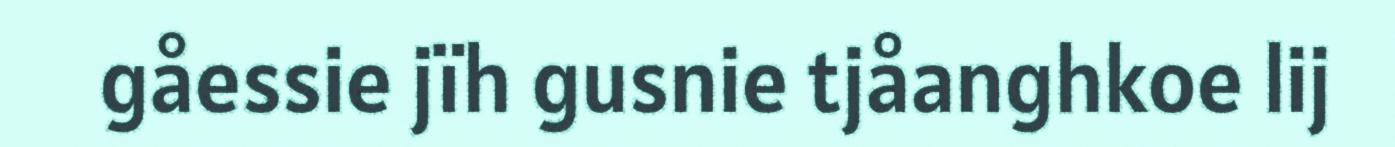
gåessie jïh gusnie tjåanghkoe lij